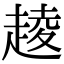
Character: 𧼔